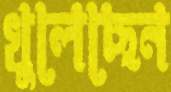
খুলেছেন